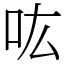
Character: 吰